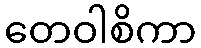
တေဝါစိကာ